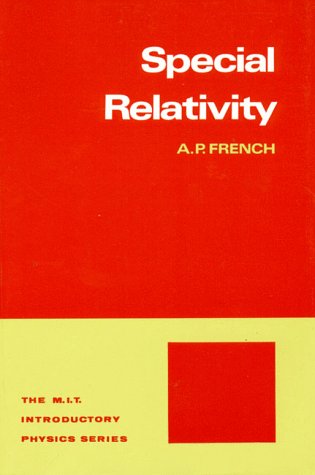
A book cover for Special Relativity (The M.I.T. Introductory Physics Series); A.P. French; Science & Math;